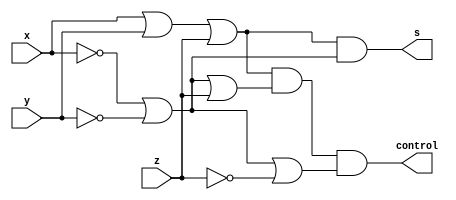
/*
* Aluno: Henrique Augusto Rodrigues
* Arquitetura 1 - Tarde
* Guia_05  Exemplo 0602.
*/
module a (output s, control, input x, y, z);
assign s = (x|y|z)&(~x|~y);
assign control = (x|y|z)&(~x|~y|z)&(~x|~y|~z);
endmodule

module b (output s, control, input x, y, z);
assign s = (y|~z)&(~x|~z);
assign control = (x|y|~z)&(~x|y|~z)&(~x|~y|~z);
endmodule

module c (output s, control, input x, y, z);
assign s = ~z;
assign control = (x|y|~z)&(x|~y|~z)&(~x|y|~z)&(~x|~y|~z);
endmodule

module d (output s, control, input x, y, z);
assign s = (x|y)&(~x|y);
assign control = (x|y|z)&(x|y|~z)&(~x|y|z)&(~x|y|~z);
endmodule

module e (output s, control, input x, y, z);
assign s = (~x|~y|z)&(x|~z)&(y|~z);
assign control = (x|y|~z)&(x|~y|~z)&(~x|y|~z)&(~x|~y|z);
endmodule

module Guia_06_02;
// define data
reg x, y, z;
integer i;
wire sa, ca, sb, cb, sc, cc, sd, cd, se, ce;

//instantiate
a a1 (sa, ca, x, y, z);
b b1 (sb, cb, x, y, z);
c c1 (sc, cc, x, y, z);
d d1 (sd, cd, x, y, z);
e e1 (se, ce, x, y, z);

// initial values
initial
begin : start
x=1'b0; y=1'b0; z=1'b0; i=0;
end

//main
initial
begin : main
//id
$display("Guia 06 Ex. 02");

//monitor
$display("\na) M(2,6,7)");
$display(" Reduzida: (X+Y+Z).(X'+Y')");
$display(" Controle: (X+Y+Z).(X'+Y'+Z).(X'+Y'+Z')");


$display(" M | Reduzida | Controle");
$monitor(" %0d |    %b     |    %b", i, sa, ca);

//signals
#1 x=0; y=0; z=1; i=1;
#1 x=0; y=1; z=0; i=2;
#1 x=0; y=1; z=1; i=3;
#1 x=1; y=0; z=0; i=4;
#1 x=1; y=0; z=1; i=5;
#1 x=1; y=1; z=0; i=6;
#1 x=1; y=1; z=1; i=7;

//first signal b
#1 x=0; y=0; z=0; i=0;

//monitor
$display("\nb) M(1,3,7)");
$display(" Reduzida: (Y+Z').(X'.Z')");
$display(" Controle: (X+Y+Z').(X'+Y+Z').(X'+Y'+Z')");

$display(" M | Reduzida | Controle");
$monitor(" %0d |    %b     |    %b", i, sb, cb);

//signals
#1 x=0; y=0; z=1; i=1;
#1 x=0; y=1; z=0; i=2;
#1 x=0; y=1; z=1; i=3;
#1 x=1; y=0; z=0; i=4;
#1 x=1; y=0; z=1; i=5;
#1 x=1; y=1; z=0; i=6;
#1 x=1; y=1; z=1; i=7;

//first signal c
#1 x=0; y=0; z=0; i=0;

//monitor
$display("\nc) M(1,3,4,5)");
$display(" Reduzida: Z'");
$display(" Controle: (X+Y+Z').(X+Y'+Z').(X'+Y+Z').(X'+Y'+Z')");

$display(" M | Reduzida | Controle");
$monitor(" %0d |    %b     |    %b", i, sc, cc);

//signals
#1 x=0; y=0; z=1; i=1;
#1 x=0; y=1; z=0; i=2;
#1 x=0; y=1; z=1; i=3;
#1 x=1; y=0; z=0; i=4;
#1 x=1; y=0; z=1; i=5;
#1 x=1; y=1; z=0; i=6;
#1 x=1; y=1; z=1; i=7;

//first signal d
#1 x=0; y=0; z=0; i=0;

//monitor
$display("\nd) M(0,1,5,7)");
$display(" Reduzida: (X+Y).(X'+Y)");
$display(" Controle: (X+Y+Z).(X+Y+Z').(X'+Y+Z).(X'+Y+Z')");

$display(" M | Reduzida | Controle");
$monitor(" %0d |    %b     |    %b", i, sd, cd);

//signals
#1 x=0; y=0; z=1; i=1;
#1 x=0; y=1; z=0; i=2;
#1 x=0; y=1; z=1; i=3;
#1 x=1; y=0; z=0; i=4;
#1 x=1; y=0; z=1; i=5;
#1 x=1; y=1; z=0; i=6;
#1 x=1; y=1; z=1; i=7;

//first signal e
#1 x=0; y=0; z=0; i=0;

//monitor
$display("\nd) M(1,2,5,6)");
$display(" Reduzida: (X'+Y'+Z).(X+Z').(Y+Z')");
$display(" Controle: (X+Y+Z').(X+Y'+Z').(X'+Y+Z').(X'+Y'+Z)");

$display(" M | Reduzida | Controle");
$monitor(" %0d |    %b     |    %b", i, se, ce);

//signals
#1 x=0; y=0; z=1; i=1;
#1 x=0; y=1; z=0; i=2;
#1 x=0; y=1; z=1; i=3;
#1 x=1; y=0; z=0; i=4;
#1 x=1; y=0; z=1; i=5;
#1 x=1; y=1; z=0; i=6;
#1 x=1; y=1; z=1; i=7;

end // main
endmodule // Guia